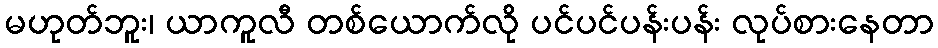
မဟုတ်ဘူး၊ ယာကူလီ တစ်ယောက်လို ပင်ပင်ပန်းပန်း လုပ်စားနေတာ